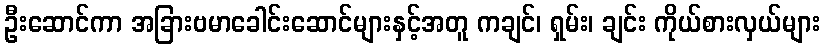
ဦးဆောင်ကာ အခြားဗမာခေါင်းဆောင်များနှင့်အတူ ကချင်၊ ရှမ်း၊ ချင်း ကိုယ်စားလှယ်များ